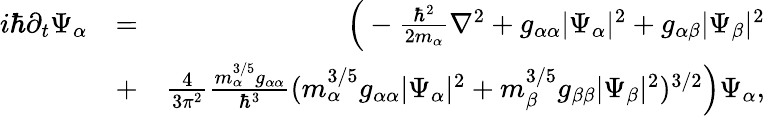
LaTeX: \begin{array}{rlr}{i\hbar\partial_{t}\Psi_{\alpha}}&{=}&{\Big(-\frac{\hbar^{2}}{2m_{\alpha}}\nabla^{2}+g_{\alpha\alpha}|\Psi_{\alpha}|^{2}+g_{\alpha\beta}|\Psi_{\beta}|^{2}}\\ &{+}&{\frac{4}{3\pi^{2}}\frac{m_{\alpha}^{3/5}g_{\alpha\alpha}}{\hbar^{3}}(m_{\alpha}^{3/5}g_{\alpha\alpha}|\Psi_{\alpha}|^{2}+m_{\beta}^{3/5}g_{\beta\beta}|\Psi_{\beta}|^{2})^{3/2}\Big)\Psi_{\alpha},}\end{array}